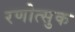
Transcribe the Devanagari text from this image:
रणोत्सुक